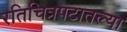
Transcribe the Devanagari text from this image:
रतिचित्रपटातल्या